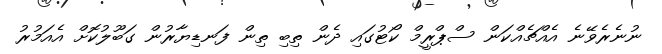
ނުނެރެވޭނެ އެއްޗެއްކަން ސްޕްރީމް ކޯޓުގައި ދެން ތިބި ތިން ފަނޑިޔާރުން ގަބޫލުކޮށް އެއަމުރު